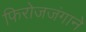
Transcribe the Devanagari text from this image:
फिरोजजंगाने